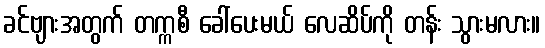
ခင်ဗျားအတွက် တက္ကစီ ခေါ်ပေးမယ် လေဆိပ်ကို တန်း သွားမလား။